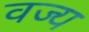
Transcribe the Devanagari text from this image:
वज्य